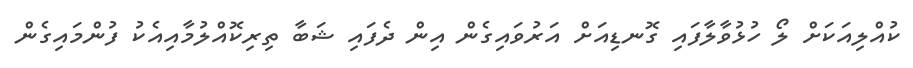
ކުއްލިއަކަށް ލޯ ހުޅުވާލާފައި ގޮނޑިއަށް އަރުވައިގެން އިން ދެފައި ޝަބާ ތިރިކޮއްލުމާއިއެކު ފުންމައިގެން